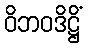
ဝိဘဝဒိဋ္ဌိံ